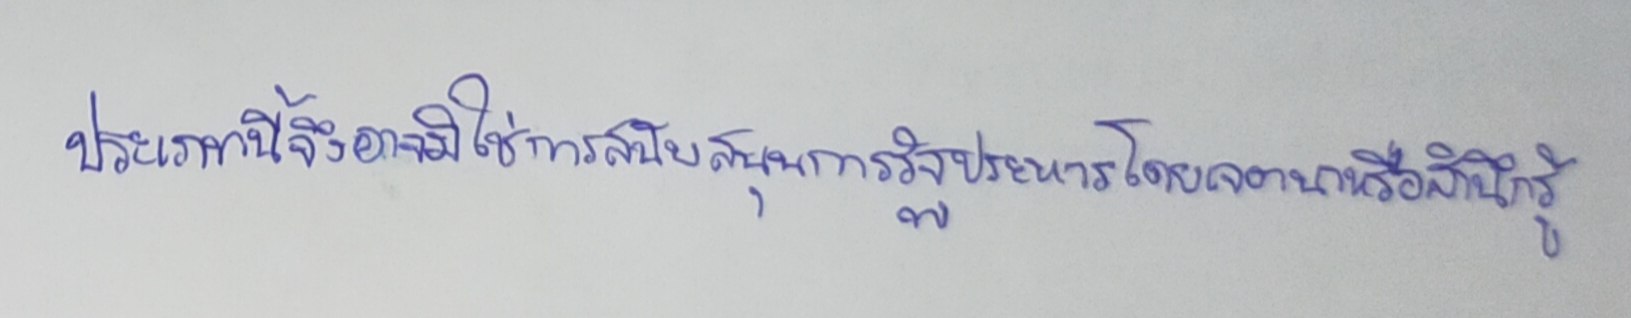
ประเภทนี้จึงอาจมิใช่การสนับสนุนการรัฐประหารโดยเจตนาหรือสำนึกรู้